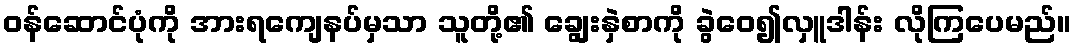
ဝန်ဆောင်ပုံကို အားရကျေနပ်မှသာ သူတို့၏ ချွေးနှဲစာကို ခွဲဝေ၍လှူဒါန်း လိုကြပေမည်။